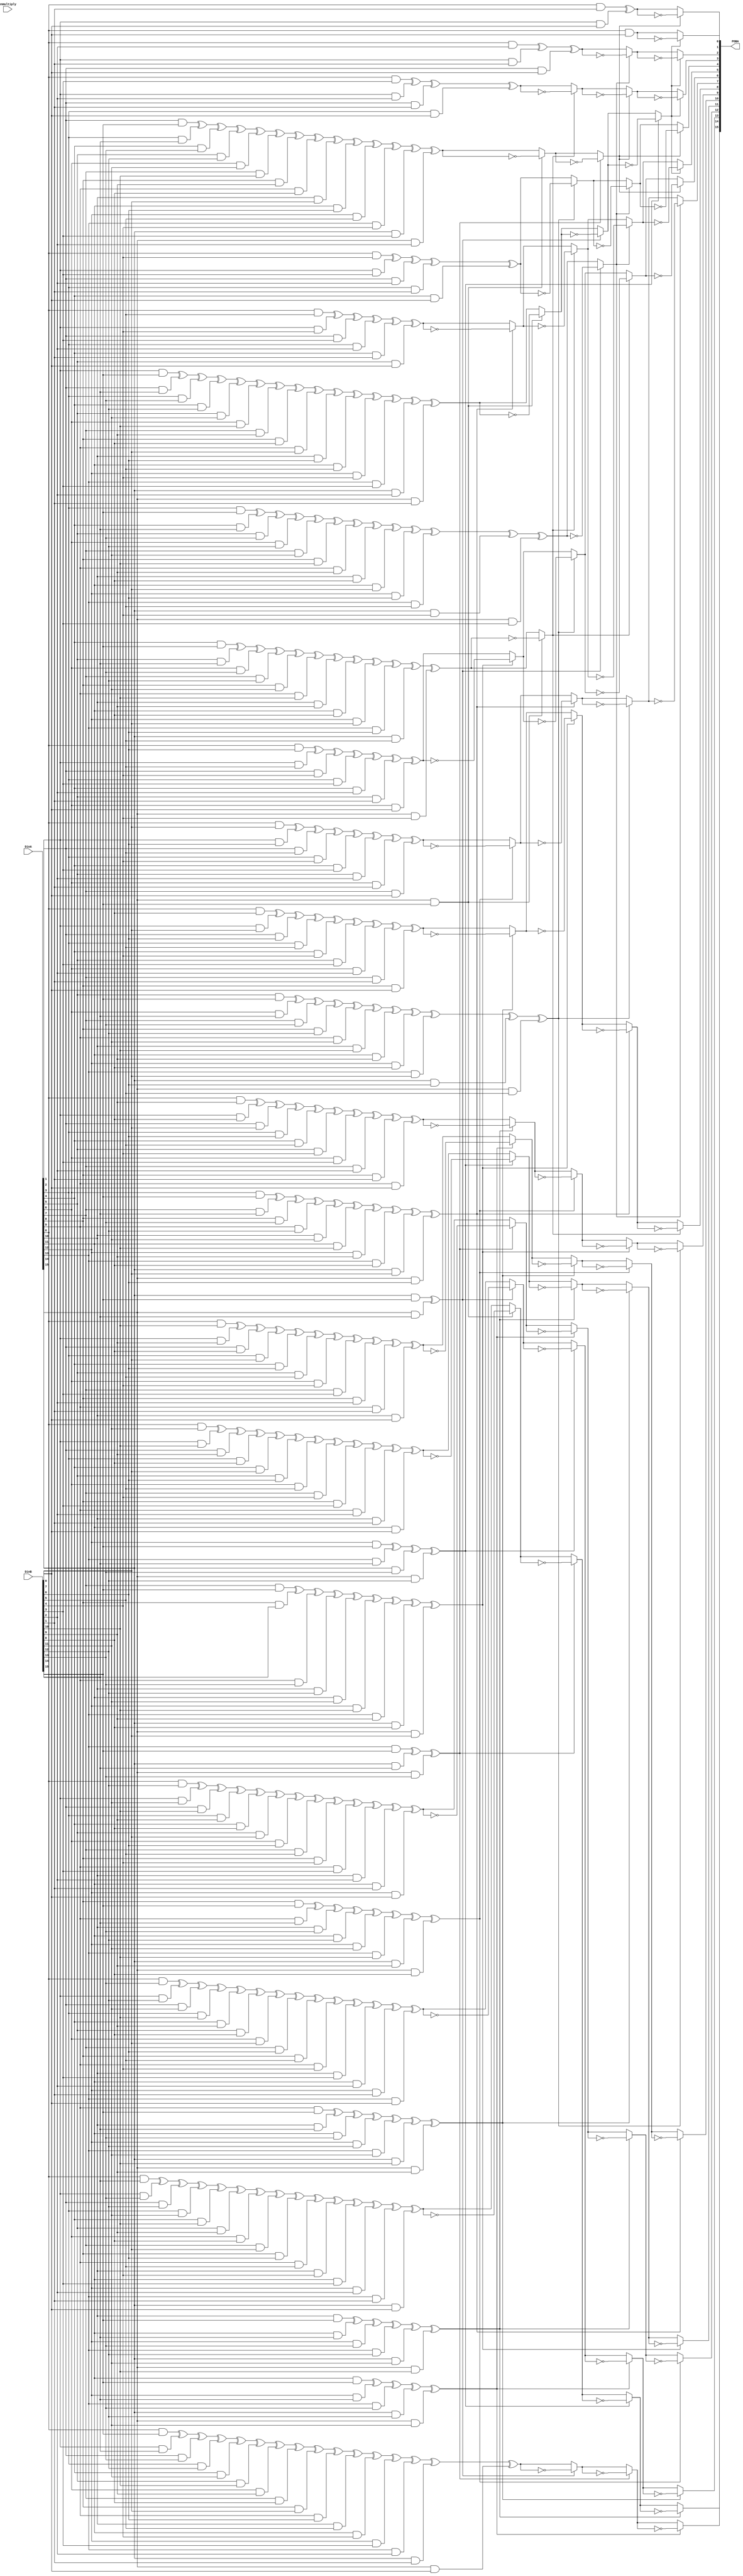
module multiplier(
        input [15:0] DinA,
        input [15:0] DinB,
        input enmultiply,
        output reg [15:0] POBA = 0
        );
        reg [30:0]middle=0;
        reg [4:0]i=0;
        reg [4:0]ii=0;
        reg [4:0]iii=30;
        always@( DinA or DinB )                       //       
          begin
         // #1;
           middle=0;
                                         //
            for( i=0 ; i<=30 ; i=i+1 )
            begin
           
            if(i<=15)
              for(ii=0 ; ii<=i ; ii=ii+1)
                 begin
                  middle[i] = middle[i] ^ (DinA[ii] & DinB[i-ii]);
                 end
             
             else
             for(ii=0 ; ii<=30-i ;ii=ii+1)
             middle[i] = middle[i] ^ (DinA[i-15+ii] & DinB[15-ii]);
             end
          /*   
          end
          always@(negedge enmultiply)
          begin*/
             for(iii=30 ; iii>=16 ; iii=iii-1)                      //           {
                     begin
                         if(middle[iii]==1)
                         begin
                         middle[iii]=0;
                         middle[iii-11]=middle[iii-11]^1;
                         middle[iii-13]=middle[iii-13]^1;
                         middle[iii-14]=middle[iii-14]^1;
                         middle[iii-16]=middle[iii-16]^1;
                         
                         end
                         /*
                         else
                         begin
                         iii=iii-1;
                         end*/
                         
                     end      
    
          POBA=middle[15:0];
          end       
          
  
endmodule